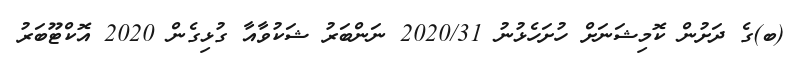
(ބ)ގެ ދަށުން ކޮމިޝަނަށް ހުށަހެޅުނު 2020/31 ނަންބަރު ޝަކުވާއާ ގުޅިގެން 2020 އޮކްޓޫބަރު